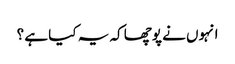
انہوں نے پوچھا کہ یہ کیا ہے ؟